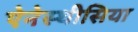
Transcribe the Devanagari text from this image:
ऐनेस्थीसिया